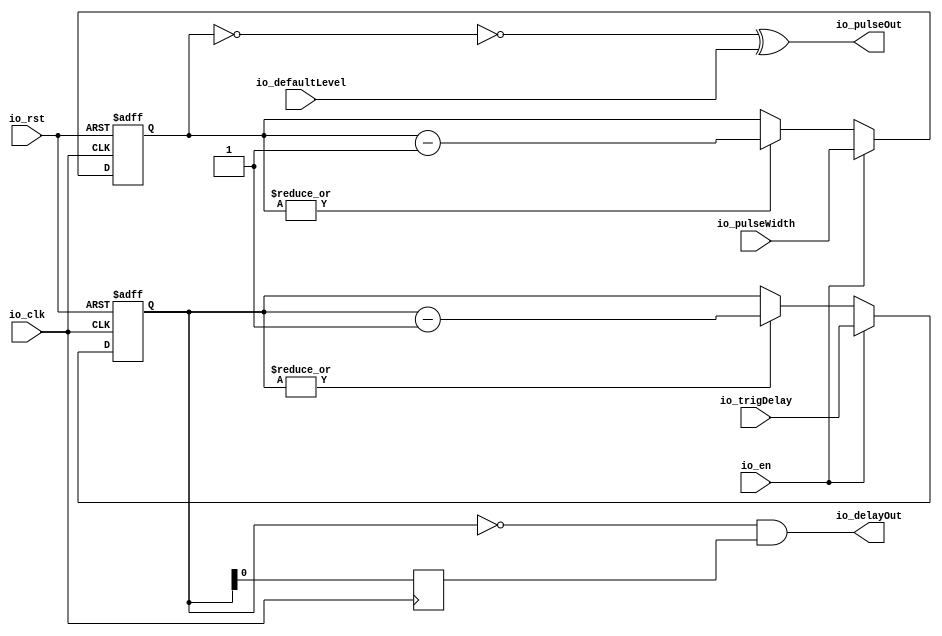
/**
* : 1us ~ 1s
* :(/)
* :1us ~ 1s
*
*/

module PulseGen #(
  parameter _RAM_WIDTH = 32
)(
  input io_clk,
  input io_rst,

  input io_en,

  output io_pulseOut,
  output io_delayOut,

  input io_defaultLevel,
  input [_RAM_WIDTH - 1:0] io_pulseWidth,
  input [_RAM_WIDTH - 1:0] io_trigDelay
);

  reg [_RAM_WIDTH - 1:0] cnt_delay = 0;
  reg [_RAM_WIDTH - 1:0] cnt_pulseWidth = 0;

  always @ (posedge io_clk or posedge io_rst) begin
    if(io_rst)begin
      cnt_delay <= 0;
      cnt_pulseWidth <= 0;
    end
    else if (io_en )begin
      cnt_delay <= io_trigDelay;
      cnt_pulseWidth <= io_pulseWidth;
    end
    else begin
      cnt_delay <= |cnt_delay ? cnt_delay - 1'd1:cnt_delay;
      cnt_pulseWidth <= |cnt_pulseWidth ? cnt_pulseWidth - 1'd1 : cnt_pulseWidth;
    end
  end

  reg delay_d;
  always @ (posedge io_clk) begin
    delay_d <= cnt_delay[0];
  end

  assign io_pulseOut = ~(cnt_pulseWidth == 0) ^ io_defaultLevel;
  assign io_delayOut = (cnt_delay == 0) & delay_d;

endmodule